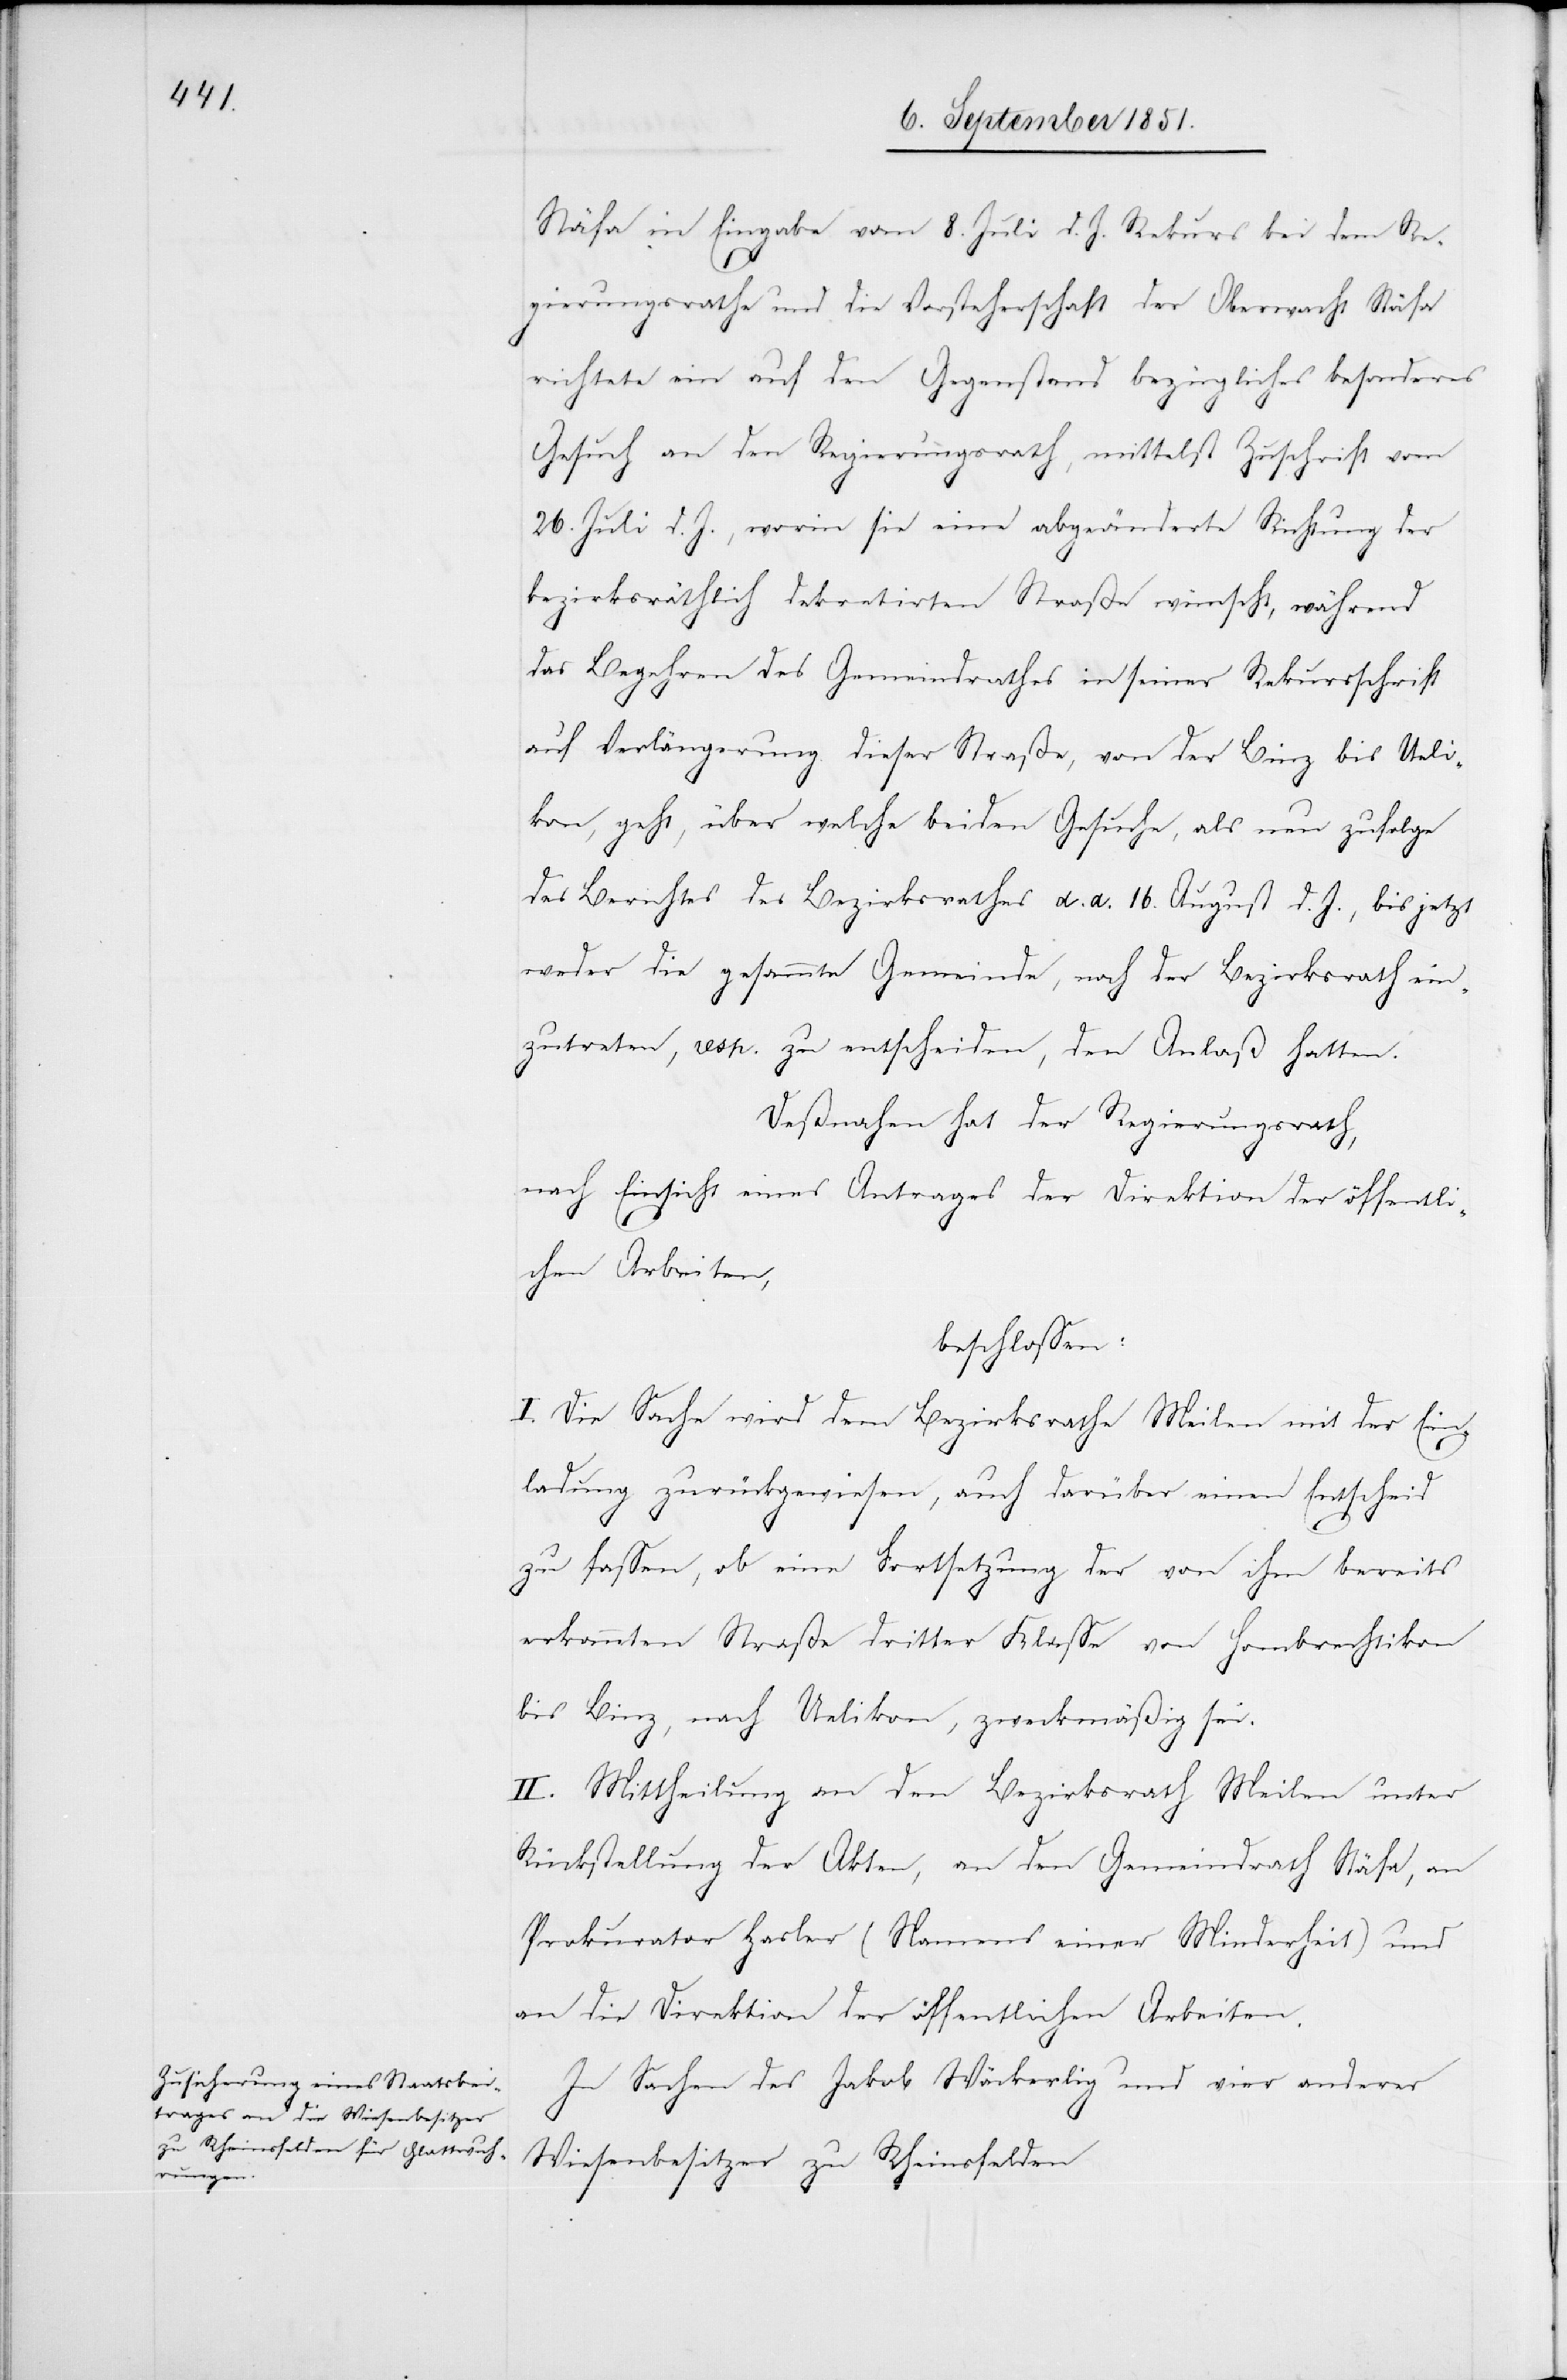
Stäfa in Eingabe vom 8. Juli d. J. Rekurs bei dem Re¬
gierungsrathe und die Vorsteherschaft der Oberwacht Stäfa
richtete ein auf den Gegenstand bezügliches besonderes
Gesuch an den Regierungsrath, mittelst Zuschrift vom
26. Juli d. J., worin sie eine abgeänderte Richtung der
bezirksräthlich dekretirten Straße wünscht, während
das Begehren des Gemeindrathes in seiner Rekursschrift
auf Verlängerung dieser Straße, von der Binz bis Ueli¬
kon, geht, über welche beiden Gesuche, als neu zufolge
des Berichtes des Bezirksrathes d. d. 16. August d. J., bis jetzt
weder die gesammte Gemeinde, noch der Bezirksrath ein¬
zutreten, resp. zu entscheiden, den Anlaß hatten.
Deßnahen hat der Regierungsrath,
nach Einsicht eines Antrages der Direktion der öffentli¬
chen Arbeiten,
beschlossen:
I. Die Sache wird dem Bezirksrathe Meilen mit der Ein¬
ladung zurückgewiesen, auch darüber einen Entscheid
zu fassen, ob eine Fortsetzung der von ihm bereits
erkannten Straße dritter Klasse von Hombrechtikon
bis Binz, nach Uelikon, zweckmäßig sei.
II. Mittheilung an den Bezirksrath Meilen unter
Rückstellung der Akten, an den Gemeindrath Stäfa, an
Prokurator Hasler (Namens einer Minderheit) und
an die Direktion der öffentlichen Arbeiten.
In Sachen des Jakob Wäckerlig und vier anderer
Wiesenbesitzer zu Rheinsfelden